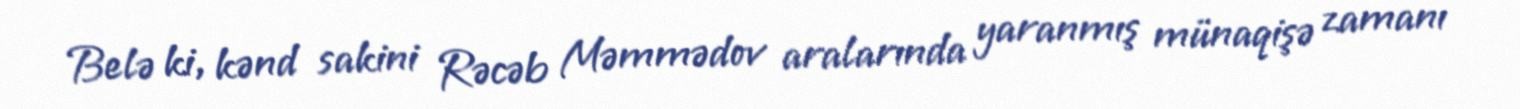
Belə ki, kənd sakini Rəcəb Məmmədov aralarında yaranmış münaqişə zamanı